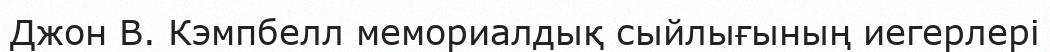
Джон В. Кэмпбелл мемориалдық сыйлығының иегерлері